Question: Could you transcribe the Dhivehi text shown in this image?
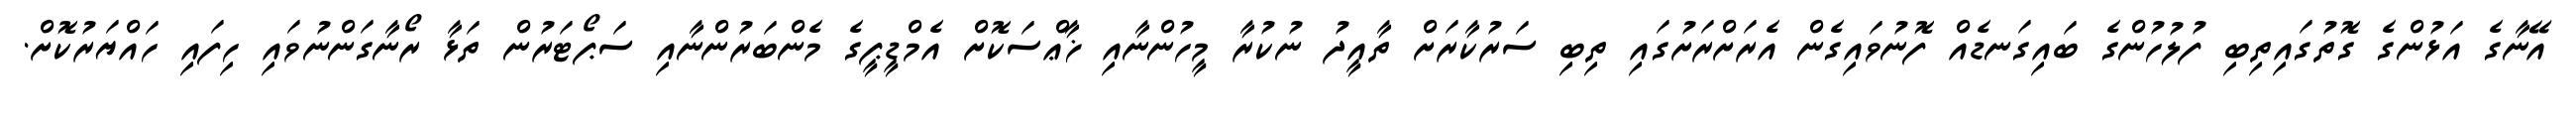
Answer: އޭނާގެ އަޅުންގެ ގޮތުގައިތިބި ފުލުހުންގެ ބައިގަނޑެއް ފޮނުވައިގެން އެރަށްރަށުގައި ތިބި ސަރުކާރަށް ތާއީދު ނުކުރާ މީހުންނާއި ޚާޢްސަކޮށް އެމްޑީޕީގެ މެންބަރުންނާއި ސަޕޯޓަރުން ތަޅާ ރޯނާގަންނުވައި ހިފައި ހައްޔަރުކޮށް.